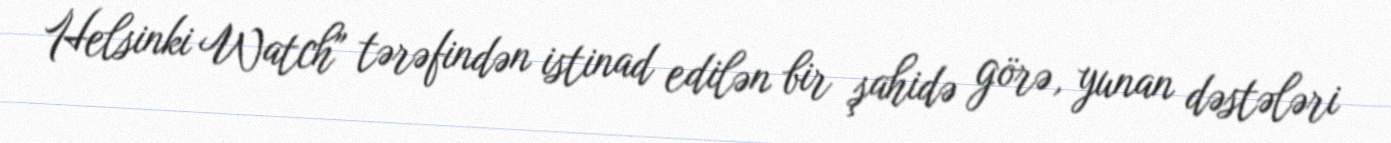
Helsinki Watch" tərəfindən istinad edilən bir şahidə görə, yunan dəstələri